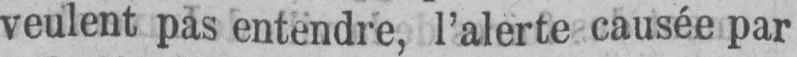
veulent pas entendre, l’alerte causée par